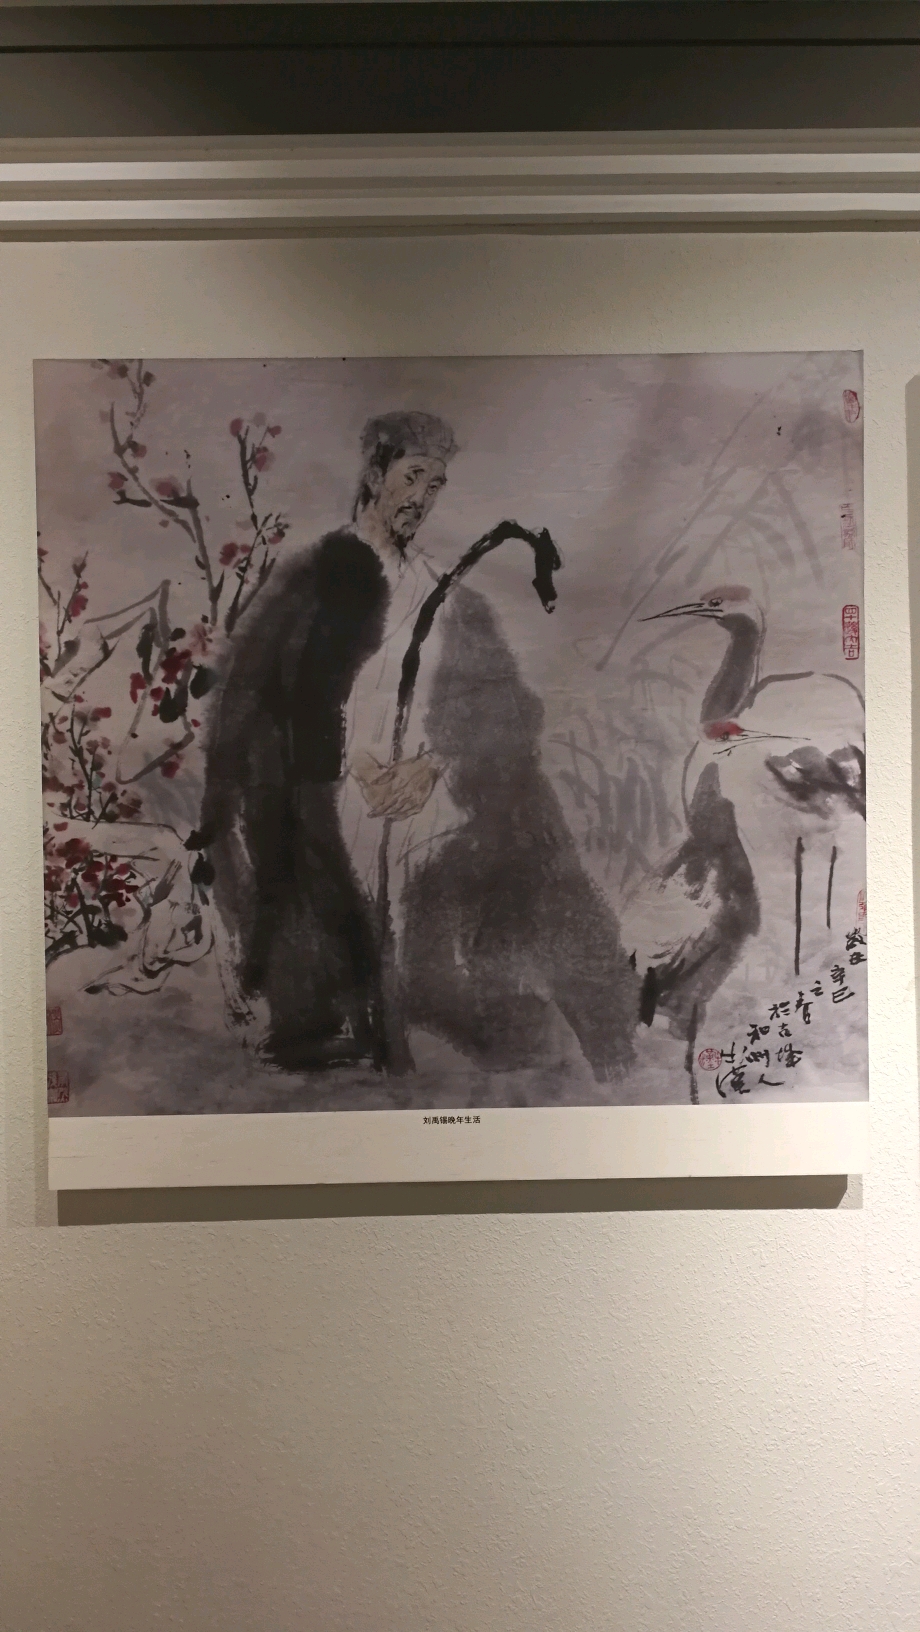
淮水东边旧时月，夜深还过女墙来。